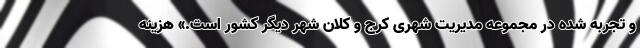
و تجربه شده در مجموعه مدیریت شهری کرج و کلان شهر دیگر کشور است.» هزینه